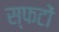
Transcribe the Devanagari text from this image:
स्फटों